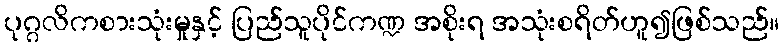
ပုဂ္ဂလိကစားသုံးမှုနှင့် ပြည်သူပိုင်ကဏ္ဍ အစိုးရ အသုံးစရိတ်ဟူ၍ဖြစ်သည်။